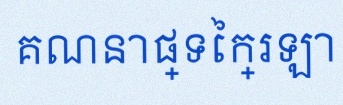
គណនាផ្ទៃក្រឡា